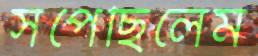
সঁপেছিলেম